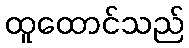
ထူထောင်သည်